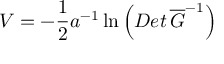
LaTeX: V = - \frac { 1 } { 2 } a ^ { - 1 } \ln \left( D e t \, \overline { { { G } } } ^ { - 1 } \right)